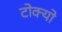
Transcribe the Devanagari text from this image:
टोक्‍यो